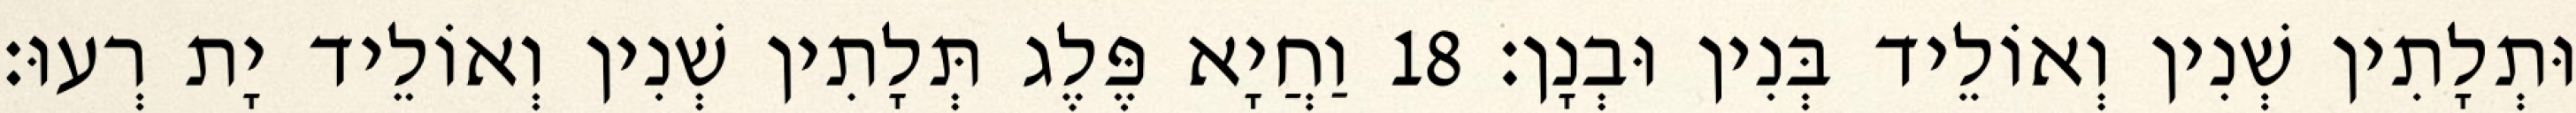
וּתְלָתִין שְׁנִין וְאוֹלֵיד בְּנִין וּבְנָן׃ 18 וַחֲיָא פֶּלֶג תְּלָתִין שְׁנִין וְאוֹלֵיד יָת רְעוּ׃